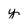
Character: y